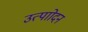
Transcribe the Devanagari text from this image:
उत्पाोदन